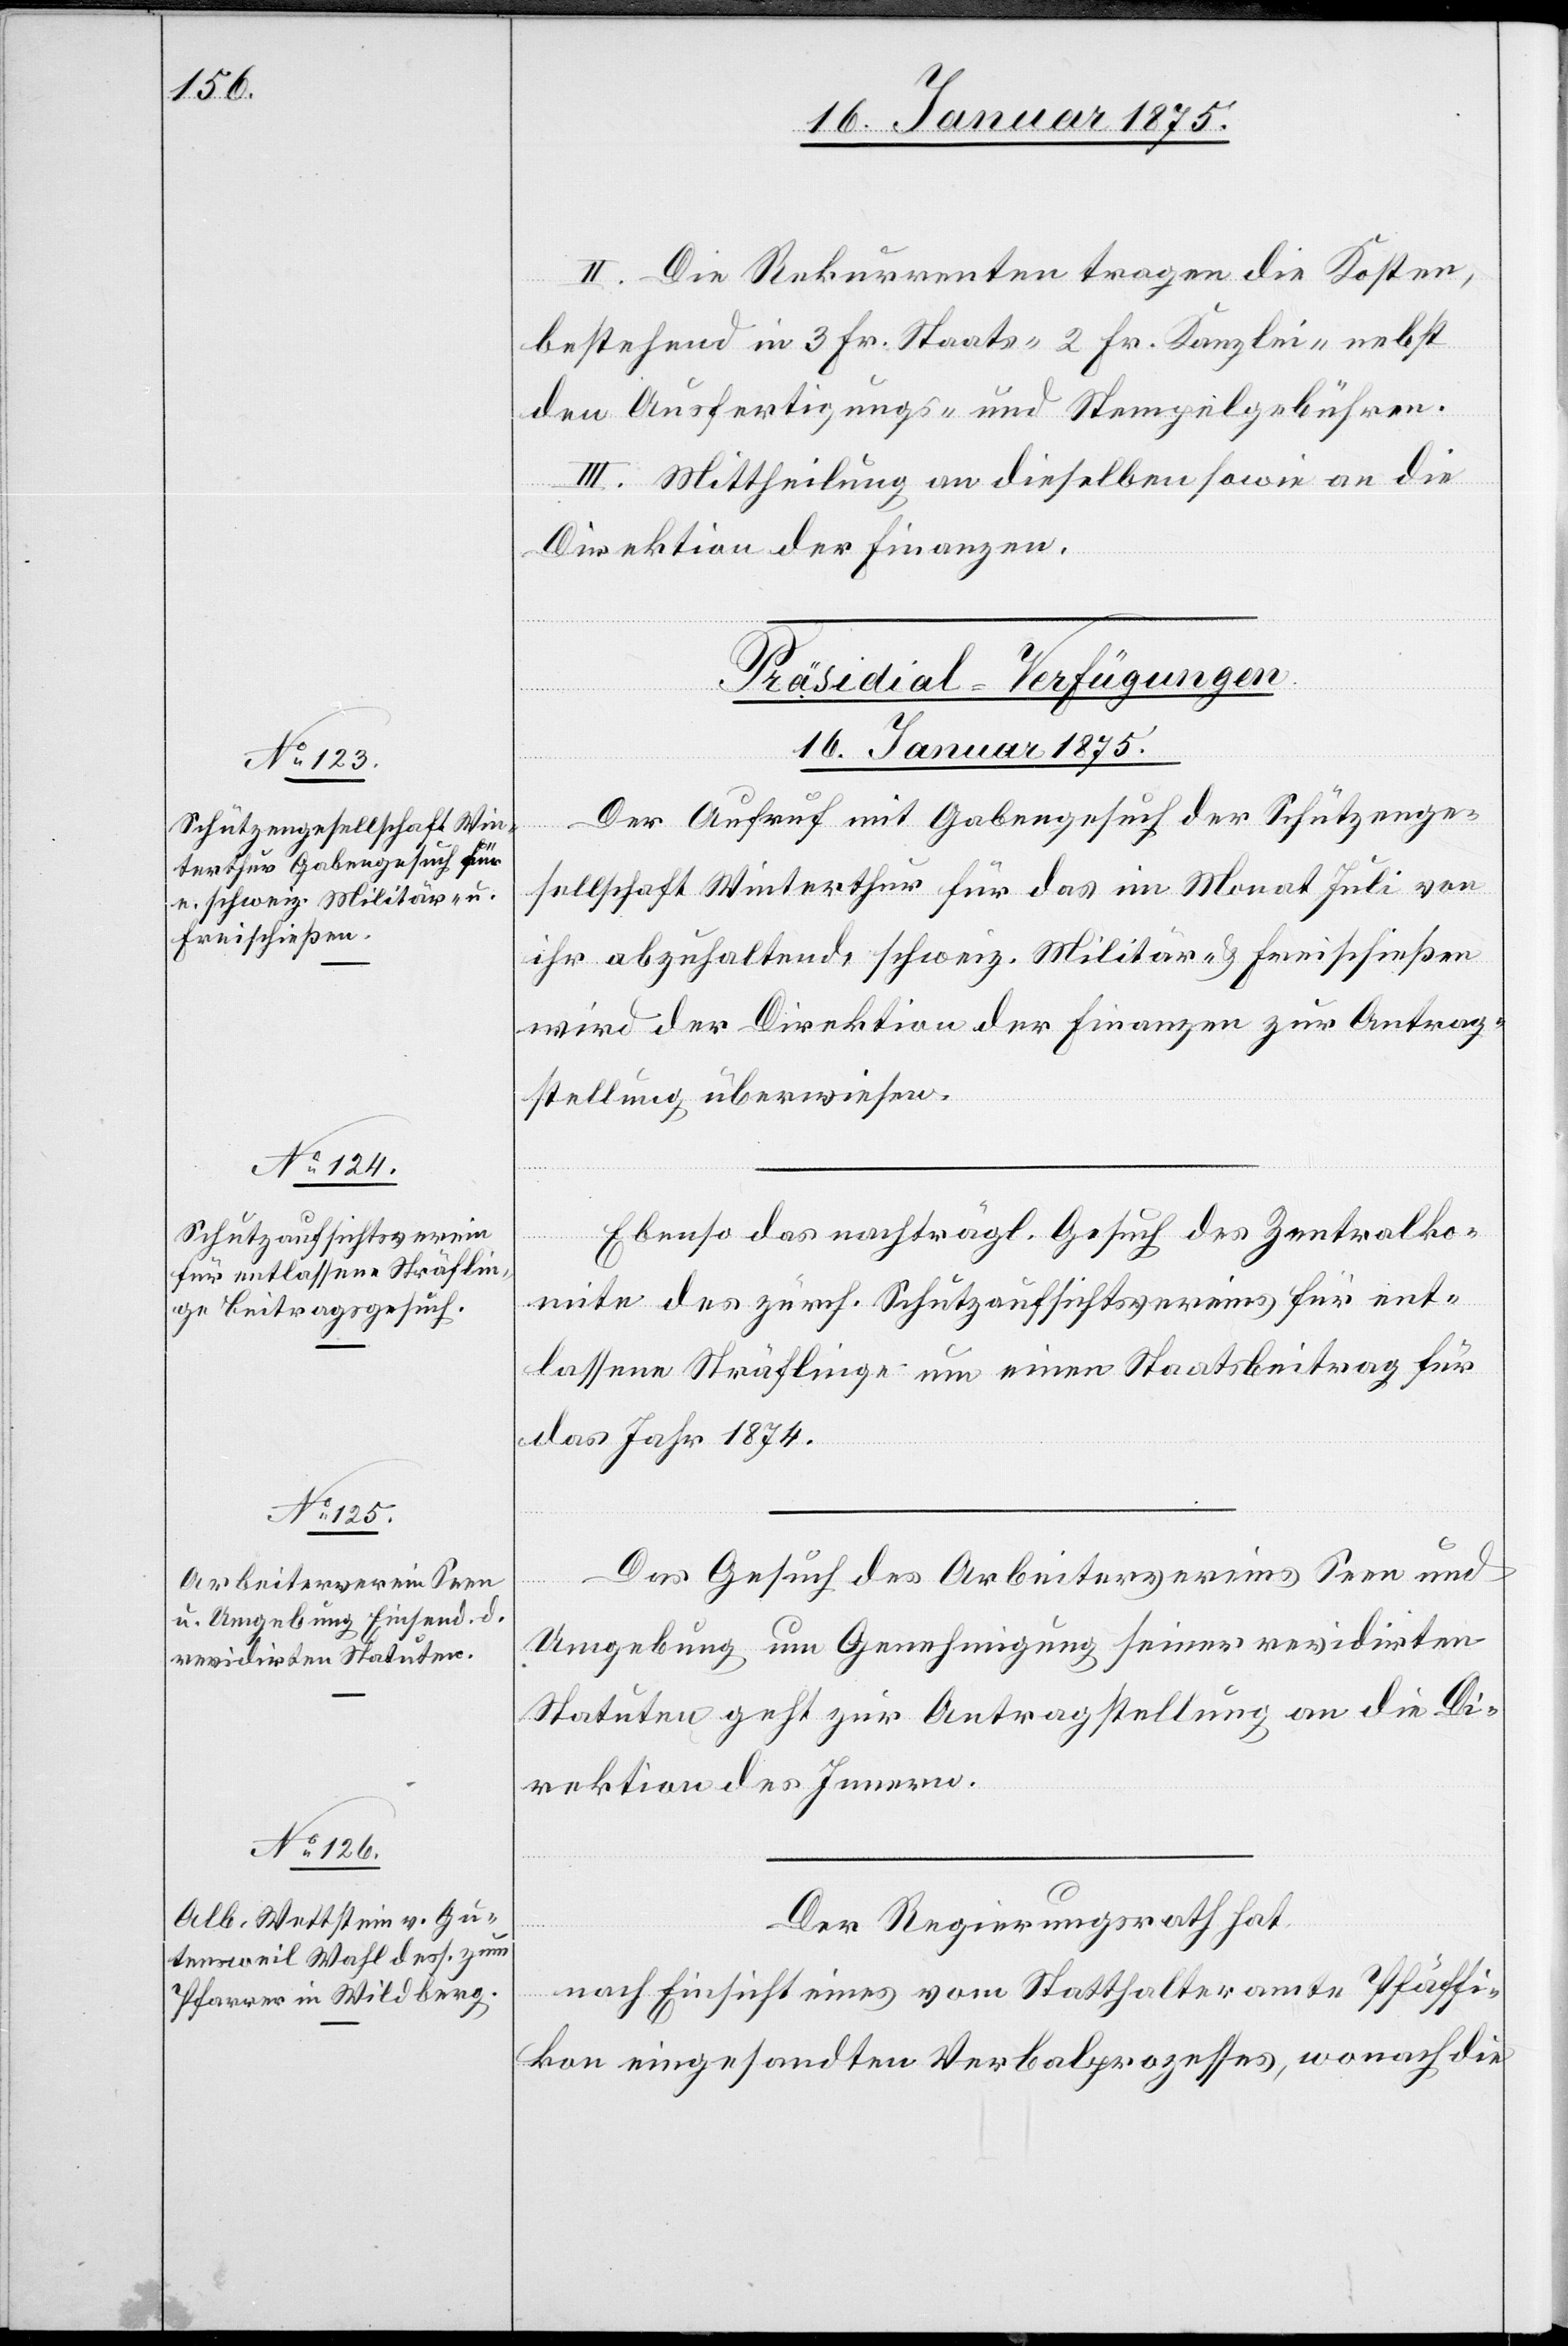
II. Die Rekurrenten tragen die Kosten,
bestehend in 3 Fr. Staats-[,] 2 Fr. Kanzlei-[,] nebst
den Ausfertigungs- und Stempelgebühren.
III. Mittheilung an dieselben sowie an die
Direktion der Finanzen.
[Präsidial-Verfügungen.
16. Januar 1875.]
sellschaft Winterthur für das im Monat Juli von
ihr abzuhaltende schweiz. Militär- & Freischießen
wird der Direktion der Finanzen zur Antrag¬
stellung überwiesen.
Ebenso das nachträgl. Gesuch das Zentralko¬
mite des zürch. Schutzaufsichtsvereins für ent¬
lassene Sträflinge um einen Staatsbeitrag für
das Jahr 1874.
enge¬
Das Gesuch des Arbeitervereins Seen und
Umgebung um Genehmigung seiner revidirten
Statuten geht zur Antragstellung an die Di¬
rektion des Innern.
Der Regierungsrath hat
nach Einsicht eines vom Statthalteramte Pfäffi¬
kon eingesandten Verbalprozesses, wonach die